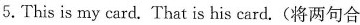
5.This is my card. That is his card.(将两句合